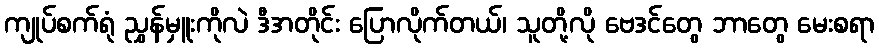
ကျုပ်စက်ရုံ ညွှန်မှူးကိုလဲ ဒီအတိုင်း ပြောလိုက်တယ်၊ သူတို့လို ဗေဒင်တွေ ဘာတွေ မေးစရာ